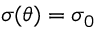
\sigma ( \theta ) = \sigma _ { 0 }